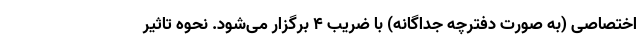
اختصاصی (به صورت دفترچه جداگانه) با ضریب ۴ برگزار می‌شود. نحوه تاثیر